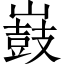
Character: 𡽂